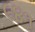
૯૪૧